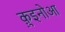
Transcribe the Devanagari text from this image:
क़ुइनोआ